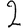
Digit: 2